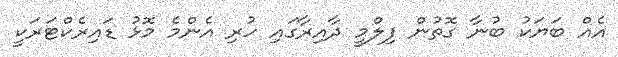
އެއް ބަޔަކު ބުނާ ގޮތުން ފިލްމީ ދާއިރާގައި ހުރި އެންމެ މޮޅު ޑައިރެކްޓަރަކީ